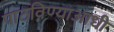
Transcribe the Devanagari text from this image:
पाठविण्याआधी